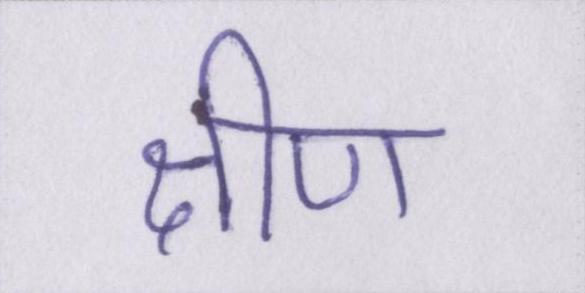
क्षीण